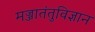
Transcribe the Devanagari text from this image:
मज्जातंतुविज्ञान